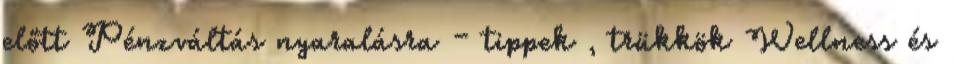
előtt Pénzváltás nyaralásra – tippek , trükkök Wellness és